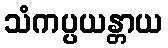
သံကပ္ပယန္တာယ